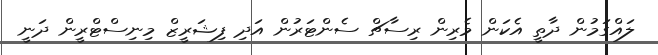
ލައްގަމުން ދާތީ އެކަން މެރިން ރިސާޗް ސެންޓަރުން އަދި ފިޝަރީޒް މިނިސްޓްރީން ދަނީ